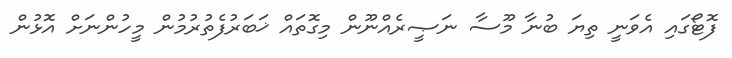
ފޮޓޯގައި އެވަނީ ތިޔަ ބުނާ މޫސާ ނަޞީރެއްނޫން މިގޮތައް ޚަބަރުފެތުރުމުން މީހުންނަށް އޮޅުން